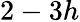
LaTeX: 2-3h